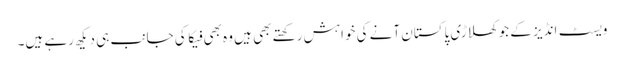
ویسٹ انڈیز کے جو کھلاڑی پاکستان آنے کی خواہش رکھتے بھی ہیں وہ بھی فیکا کی جانب ہی دیکھ رہے ہیں۔